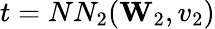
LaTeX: t=NN_{2}(\mathbf{W}_{2},v_{2})